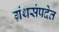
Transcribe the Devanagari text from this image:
ग्रंथसंपदेत